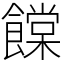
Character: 饓